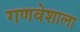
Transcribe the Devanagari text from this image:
गणवेशाला